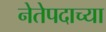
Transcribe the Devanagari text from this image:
नेतेपदाच्या